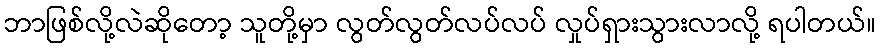
ဘာဖြစ်လို့လဲဆိုတော့ သူတို့မှာ လွတ်လွတ်လပ်လပ် လှုပ်ရှားသွားလာလို့ ရပါတယ်။